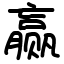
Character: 赢